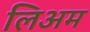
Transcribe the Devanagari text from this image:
लिअम